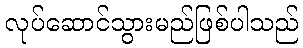
လုပ်ဆောင်သွားမည်ဖြစ်ပါသည်